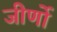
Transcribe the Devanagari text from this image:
जीर्णो